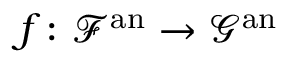
f \colon { \mathcal { F } } ^ { \mathrm { a n } } \rightarrow { \mathcal { G } } ^ { \mathrm { a n } }